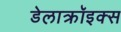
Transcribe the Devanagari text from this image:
डेलाक्रॉइक्स